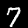
Label: 7